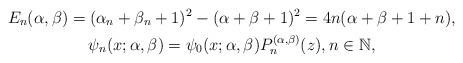
LaTeX: \begin{gather*}E_{n}( \alpha ,\beta ) =(\alpha _{n}+\beta _{n}+1)^{2}-(\alpha +\beta +1)^{2}=4n(\alpha +\beta +1+n), \\ \psi _{n}( x;\alpha ,\beta ) =\psi _{0}( x;\alpha ,\beta ) P_{n}^{( \alpha ,\beta ) }(z), n\in \mathbb{N}, \end{gather*}